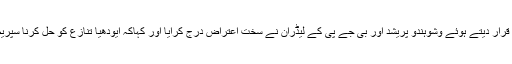
عدالت کے اس رخ کو ٹال مٹول والا رویہ قرار دیتے ہوئے وشوہندو پریشد اور بی جے پی کے لیڈران نے سخت اعتراض درج کرایا اور کہاکہ ایودھیا تنازع کو حل کرنا سپریم کورٹ کی ترجیحات میں شامل نہیں ہے۔